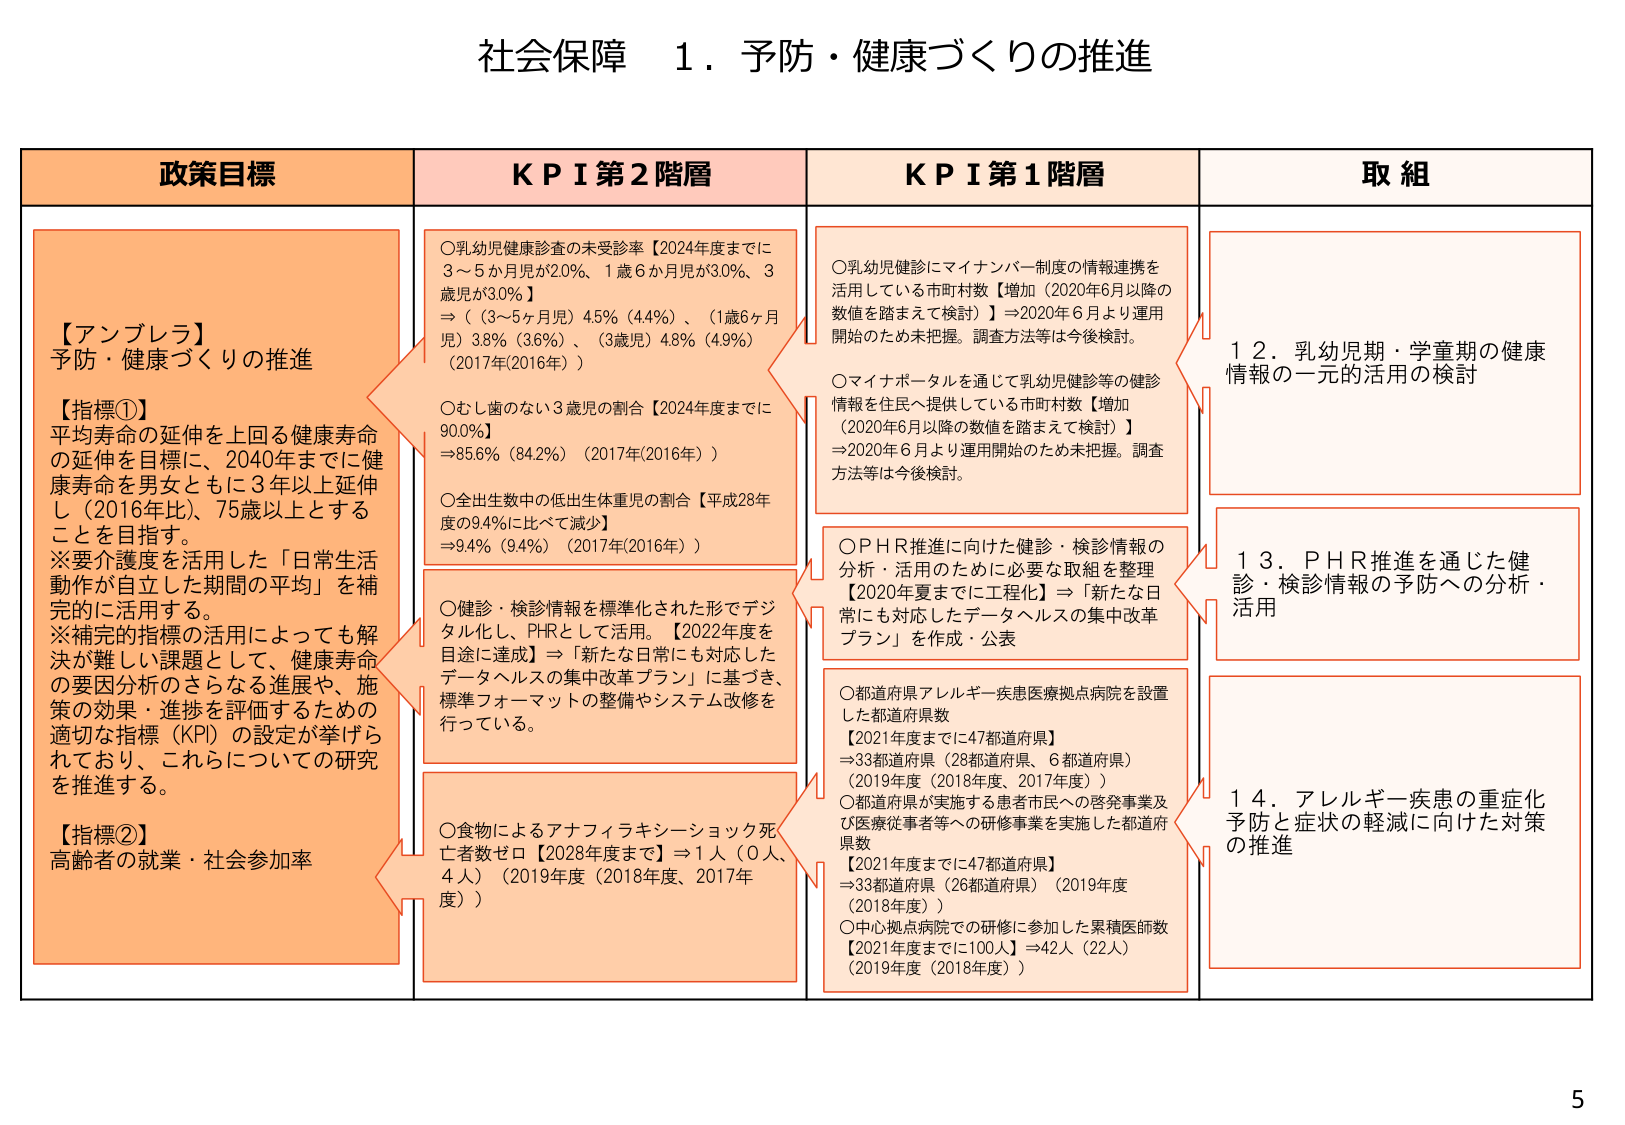
社会保障 １．予防・健康づくりの推進

政策目標
【アンブレラ】
予防・健康づくりの推進

【指標①】
平均寿命の延伸を上回る健康寿命の延伸を目標に、2040年までに健康寿命を男女ともに3年以上延伸し（2016年比）、75歳以上とすることを目指す。
※要介護度を活用した「日常生活動作が自立した期間の平均」を補完的に活用する。
※補完的指標の活用によっても解決が難しい課題として、健康寿命の要因分析のさらなる進展や、施策の効果・進捗を評価するための適切な指標（KPI）の設定が挙げられており、これらについての研究を推進する。

【指標②】
高齢者の就業・社会参加率

KPI 第2階層
○乳幼児健康診査の未受診率【2024年度までに3～5か月児が2.0％、1歳6か月児が3.0％、3歳児が3.0％】
⇒（（3～5ヶ月児）4.5％（4.4％）、（1歳6ヶ月児）3.8％（3.6％）、（3歳児）4.8％（4.9％）（2017年(2016年)））

○むし歯のない3歳児の割合【2024年度までに90.0％】
⇒85.6％（84.2％）（2017年(2016年)）

○全出生数中の低出生体重児の割合【平成28年度の9.4％に比べて減少】
⇒9.4％（9.4％）（2017年(2016年)）

○健診・検診情報を標準化された形でデジタル化し、PHRとして活用。【2022年度を目途に達成】⇒「新たな日常にも対応したデータヘルスの集中改革プラン」に基づき、標準フォーマットの整備やシステム改修を行っている。

○食物によるアナフィラキシーショック死亡者数ゼロ【2028年度まで】⇒1人（0人、4人）（2019年度（2018年度、2017年度））

KPI 第1階層
○乳幼児健診にマイナンバー制度の情報連携を活用している市町村数【増加（2020年6月以降の数値を踏まえて検討）】⇒2020年6月より運用開始のため未把握。調査方法等は今後検討。

○マイナポータルを通じて乳幼児健診等の健診情報を住民へ提供している市町村数【増加（2020年6月以降の数値を踏まえて検討）】⇒2020年6月より運用開始のため未把握。調査方法等は今後検討。

○PHR推進に向けた健診・検診情報の分析・活用のために必要な取組を整理【2020年夏までに工程化】⇒「新たな日常にも対応したデータヘルスの集中改革プラン」を作成・公表

○都道府県アレルギー疾患医療拠点病院を設置した都道府県数
【2021年度までに47都道府県】
⇒33都道府県（28都道府県、6都道府県）（2019年度（2018年度、2017年度））

○都道府県が実施する患者市民への啓発事業及び医療従事者等への研修事業を実施した都道府県数
【2021年度までに47都道府県】
⇒33都道府県（26都道府県）（2019年度（2018年度））

○中心拠点病院での研修に参加した累積医師数
【2021年度までに100人】⇒42人（22人）（2019年度（2018年度））

取組
１２．乳幼児期・学童期の健康情報の一元的活用の検討

１３．ＰＨＲ推進を通じた健診・検診情報の予防への分析・活用

１４．アレルギー疾患の重症化予防と症状の軽減に向けた対策の推進

5